Medical and sanitary report of the native army of Bengal for the year
Year: 1874
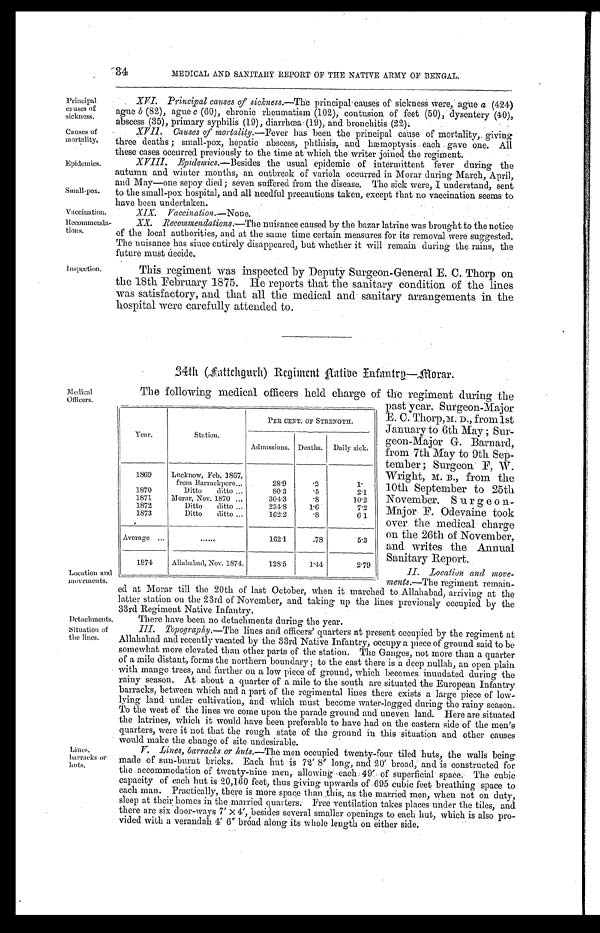
Principal
causes of
sickness.
Causes of
mortality.
Epidemics.
Small-pox.
Vaccination.
Recommenda
-
tions.
34
MEDICAL AND SANITARY REPORT OF THE NATIVE ARMY OF BENGAL.
Inspection.
XVI. Principal causes of sickness.— The principal causes of sickness were, ague a (424)
ague b (82), ague c (60), chronic rheumatism (102), contusion of feet (50), dysentery (40),
abscess (35), primary syphilis (19) , diarrhœa (19), and bronchitis (22).
XVII. Causes of mortality.— Fever has been the principal cause of mortality, giving
three deaths; small-pox, hepatic abscess, phthisis, and hæmoptysis each gave one. All
these cases occurred previously to the time at which the writer joined the regiment.
XVIII. Epidemics.— Besides the usual epidemic of intermittent fever during the
autumn and winter months, an outbreak of variola occurred in Morar during March, April,
and May—one sepoy died; seven suffered from the disease. The sick were, I understand, sent
to the small-pox hospital, and all needful precautions taken, except that no vaccination seems to
h a v e b e e n u n d e r t a k e n .
XIX. Vaccination.—None.
XX. Recommendations.—T h en
u i s a n c e c a u s e d b y t h e b a z a r l a t r i n e w a s b r o u g h t t o t h e n o t i c e
of the local authorities, and at the same time certain measures for its removal were suggested.
The nuisance has since entirely disappeared, but whether it will remain during the rains, the
future must decide.
This regiment was inspected by Deputy Surgeon-General E. C. Thorp on
the 18th February 1875. He reports that the sanitary condition of the lines
was satisfactory, and that all the medical and sanitary arrangements in the
hospital were carefully attended to.
34th (Fattchgurh) Regiment Native Infantry—Morar.
Medical
Officers.
Location and
movements.
Detachments.
Situation of
the lines.
Lines,
barracks or
huts.
The following medical officers held charge of the regiment during the
past year. Surgeon-Major
E. C. Thorp, M. D., from 1st
January to 6th May ; Sur
-
geon-Major G. Barnard,
from 7th May to 9th Sep
-
tember; Surgeon F. W.
Wright, M. B., from the
10th September to 25th
November. Surgeon-
Major F. Odevaine took
over the medical charge
on the 26th of November,
and writes the Annual
Sanitary Report.
II. Location and move
-ments.— The regiment remain
-
ed at Morar till the 20th of last October, when it marched to Allahabad, arriving at the
latter station on the 23rd of November, and taking up the lines previously occupied by the
33rd Regiment Native Infantry.
There have been no detachments during the year.
III. Topography.— The l i nes and offi cers quart ers at present occupi ed by t he regi ment at
Allahabad and recently vacated by the 33rd Native Infantry, occupy a piece of ground said to be
somewhat more elevated than other parts of the station. The Ganges, not more than a quarter
of a mile distant, forms the northern boundary; to the east there is a deep nullah, an open plain
with mango trees, and further on a low piece of ground, which becomes inundated during the
rainy season. At about a quarter of a mile to the south are situated the European Infantry
barracks, between which and a part of the regimental lines there exists a large piece of low-
lying land under cultivation, and which must become water-logged during the rainy season.
To the west of the lines we come upon the parade ground and uneven land. Here are situated
the latrines, which it would have been preferable to have had on the eastern side of the men's
quarters, were it not that the rough state of the ground in this situation and other causes
would make the change of site undesirable.
V. Lines, barracks or huts.—T h em
e n o c c u p i e d t w e n t y - f o u r t i l e d h u t s , t h e w a l l s b e i n g
made of sun-burnt bricks. Each hut is 72 ' 8" long, and 20 ' broad, and is constructed for
the accommodation of twenty-nine men, allowing each 49' of superficial space. The cubic
capacity of each hut is 20,160 feet, thus giving upwards of 695 cubic feet breathing space to
each man. Practically, there is more space than this, as the married men, when not on duty,
sleep at their homes in the, married quarters. Free ventilation takes places under the tiles, and
there are six door-ways 7' × 4', besides several smaller openings to each hut, which is also pro-
vided with a verandah 4' 6" broad along its whole length on either side.
Year.
Station.
PER CENT. OF STRENGTH.
Admissions.
Deaths.
Daily sick.
1869
Lncknow, Feb. 1867,
from Barrackpore . . .
28.9
. 2
1 .
1870
Ditto ditto . . .
80.3
. 5
2.1
1871
Morar, Nov. 1870 . . .
304.3
. 8
10.2
1872
Ditto ditto . . .
234.8
1.6
7.2
1873
Ditto ditto . . .
162.2
. 8
6.1
Average . . .
. . .
162.1
.78
5.3
1874
Allahabad, Nov. 1874
128.5
1.44
2.79